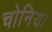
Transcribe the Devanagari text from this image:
चोनिया